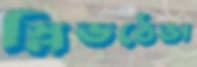
স্লিভঠেঙা